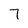
Character: 7